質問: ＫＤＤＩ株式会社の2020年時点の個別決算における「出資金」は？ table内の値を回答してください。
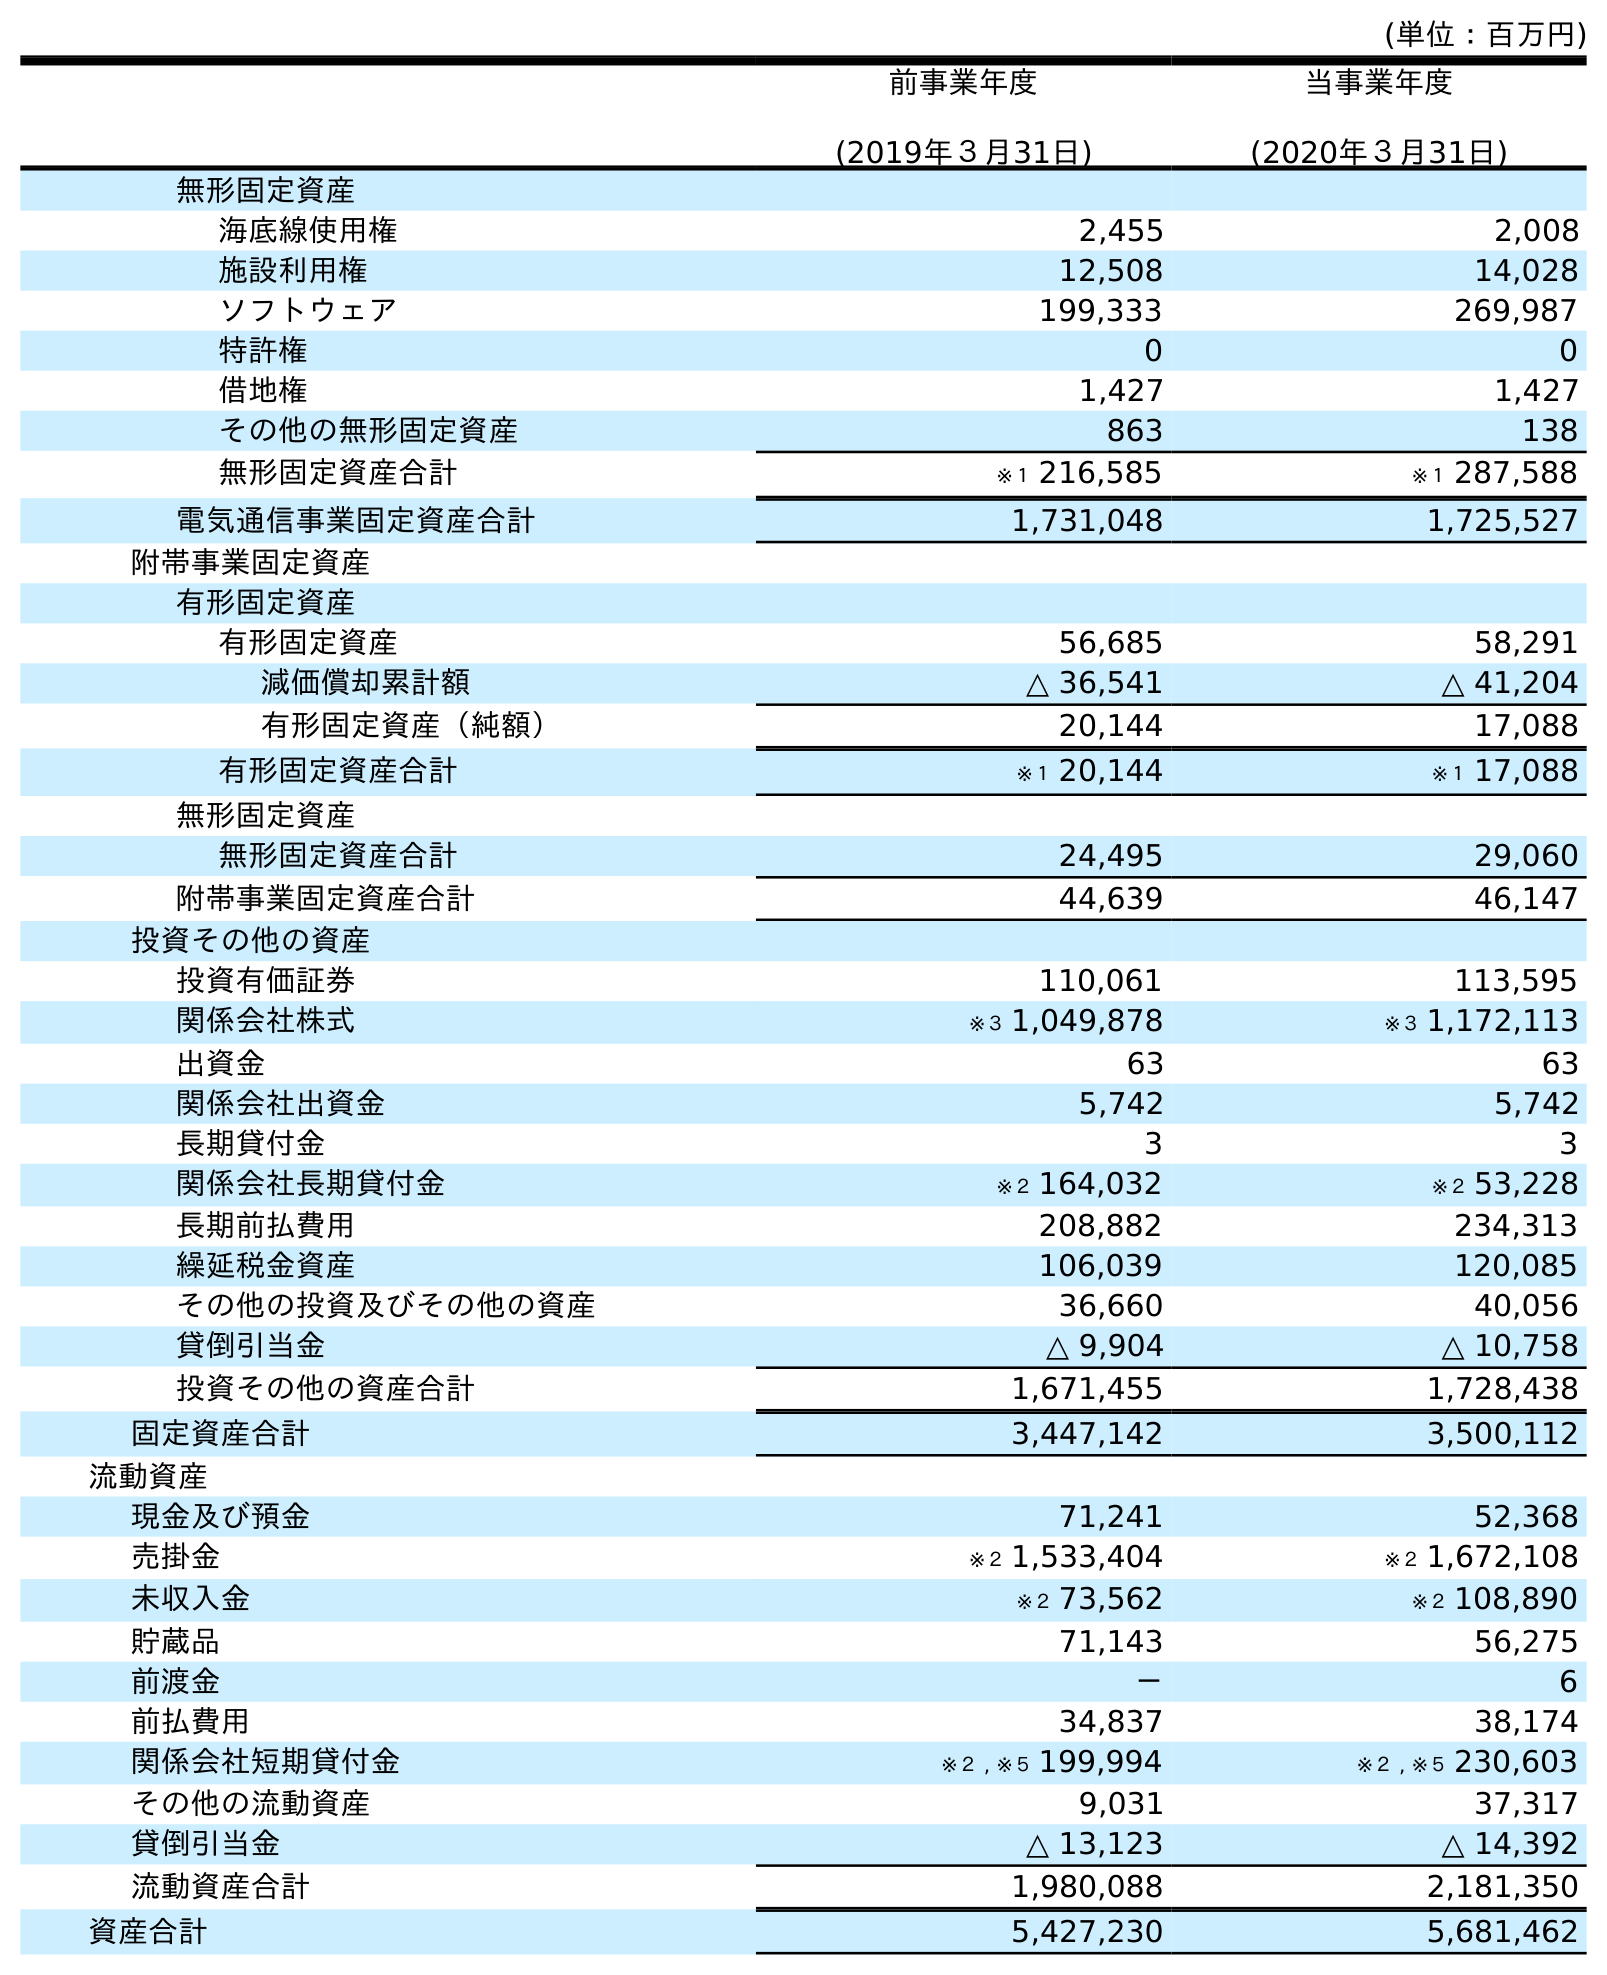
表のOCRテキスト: (単位：百万円) 前事業年度 (2019年３月31日) 当事業年度 (2020年３月31日) 無形固定資産 海底線使用権 2,455 2,008 施設利用権 12,508 14,028 ソフトウェア 199,333 269,987 特許権 0 0 借地権 1,427 1,427 その他の無形固定資産 863 138 無形固定資産合計 ※１ 216,585 ※１ 287,588 電気通信事業固定資産合計 1,731,048 1,725,527 附帯事業固定資産 有形固定資産 有形固定資産 56,685 58,291 減価償却累計額 △ 36,541 △ 41,204 有形固定資産（純額） 20,144 17,088 有形固定資産合計 ※１ 20,144 ※１ 17,088 無形固定資産 無形固定資産合計 24,495 29,060 附帯事業固定資産合計 44,639 46,147 投資その他の資産 投資有価証券 110,061 113,595 関係会社株式 ※３ 1,049,878 ※３ 1,172,113 出資金 63 63 関係会社出資金 5,742 5,742 長期貸付金 3 3 関係会社長期貸付金 ※２ 164,032 ※２ 53,228 長期前払費用 208,882 234,313 繰延税金資産 106,039 120,085 その他の投資及びその他の資産 36,660 40,056 貸倒引当金 △ 9,904 △ 10,758 投資その他の資産合計 1,671,455 1,728,438 固定資産合計 3,447,142 3,500,112 流動資産 現金及び預金 71,241 52,368 売掛金 ※２ 1,533,404 ※２ 1,672,108 未収入金 ※２ 73,562 ※２ 108,890 貯蔵品 71,143 56,275 前渡金 － 6 前払費用 34,837 38,174 関係会社短期貸付金 ※２ , ※５ 199,994 ※２ , ※５ 230,603 その他の流動資産 9,031 37,317 貸倒引当金 △ 13,123 △ 14,392 流動資産合計 1,980,088 2,181,350 資産合計 5,427,230 5,681,462
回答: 63